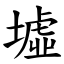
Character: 墟